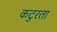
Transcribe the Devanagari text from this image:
कटुरता